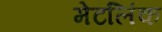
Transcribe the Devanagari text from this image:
मेटलिंक